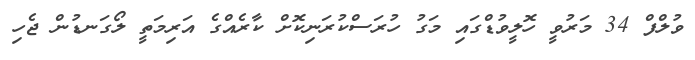
ވުލްފް 34 މަރުވީ ހޮލީވުޑްގައި މަގު ހުރަސްކުރަނިކޮށް ކާރެއްގެ އަރިމަތީ ލޯގަނޑުން ޖެހި